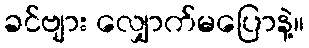
ခင်ဗျား လျှောက်မပြောနဲ့။